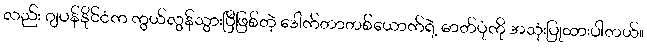
လည်း ဂျပန်နိုင်ငံက ကွယ်လွန်သွားပြီဖြစ်တဲ့ ဒေါက်တာတစ်ယောက်ရဲ့ ဓာတ်ပုံကို အသုံးပြုထားပါတယ်။